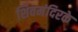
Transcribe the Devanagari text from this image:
शिवमंदिरके